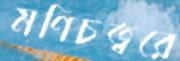
মণিচত্বরে